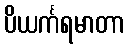
ပိယင်္ကရမာတာ